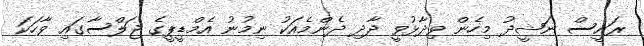
ރައީސް ނަޝީދު މިހެން ވިދާޅުވީ ދާދި ދެންމެއަކު ނިމުނު އެމްޑީޕީގެ ޖަލްސާގައި ވާހަކަ